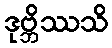
ဒုဗ္ဘိဿသိ